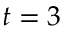
t = 3